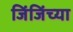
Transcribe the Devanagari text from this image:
जिंजिंच्या